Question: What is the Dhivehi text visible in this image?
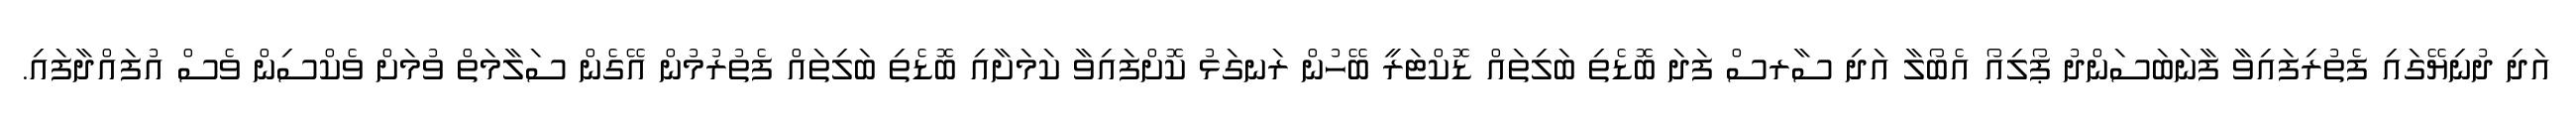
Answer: އަދި ދުނިޔޭގައި ފެތުރިފައިވާ ފާނަބަސަންދު ޕޯލިއޯ އެބޯލާ އަދި ސާރސް ފަދަ ބޮޑެތި ބަލިތައް ޑޮކްޓަރީ ބޭހުން ރަނގަޅު ކޮށްފައިވާ ކަމަށާއި ބޮޑެތި ބަލިތައް ފެތުރުމުން އޭގެން ސަލާމަތް ވުމަށް ވެކްސިން ވެސް އުފައްދާފައި.